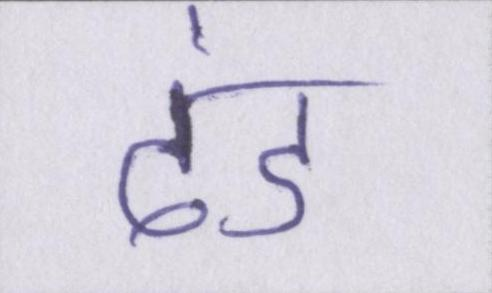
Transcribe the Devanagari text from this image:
दंड